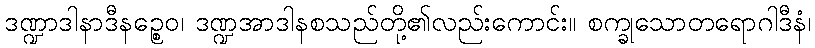
ဒဏ္ဍာဒါနာဒီနဉ္စေဝ၊ ဒဏ္ဍအာဒါနစသည်တို့၏လည်းကောင်း။ စက္ခုသောတရောဂါဒီနံ၊